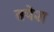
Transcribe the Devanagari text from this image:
तपेश